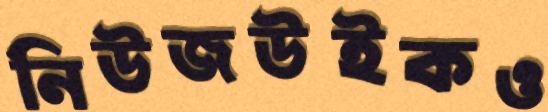
নিউজউইকও